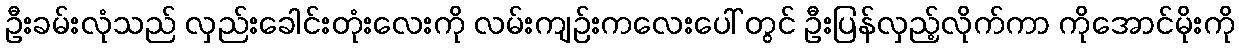
ဦးခမ်းလုံသည် လှည်းခေါင်းတုံးလေးကို လမ်းကျဉ်းကလေးပေါ် တွင် ဦးပြန်လှည့်လိုက်ကာ ကိုအောင်မိုးကို